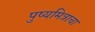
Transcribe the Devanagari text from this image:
पुष्यमित्राचा